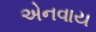
એનવાય